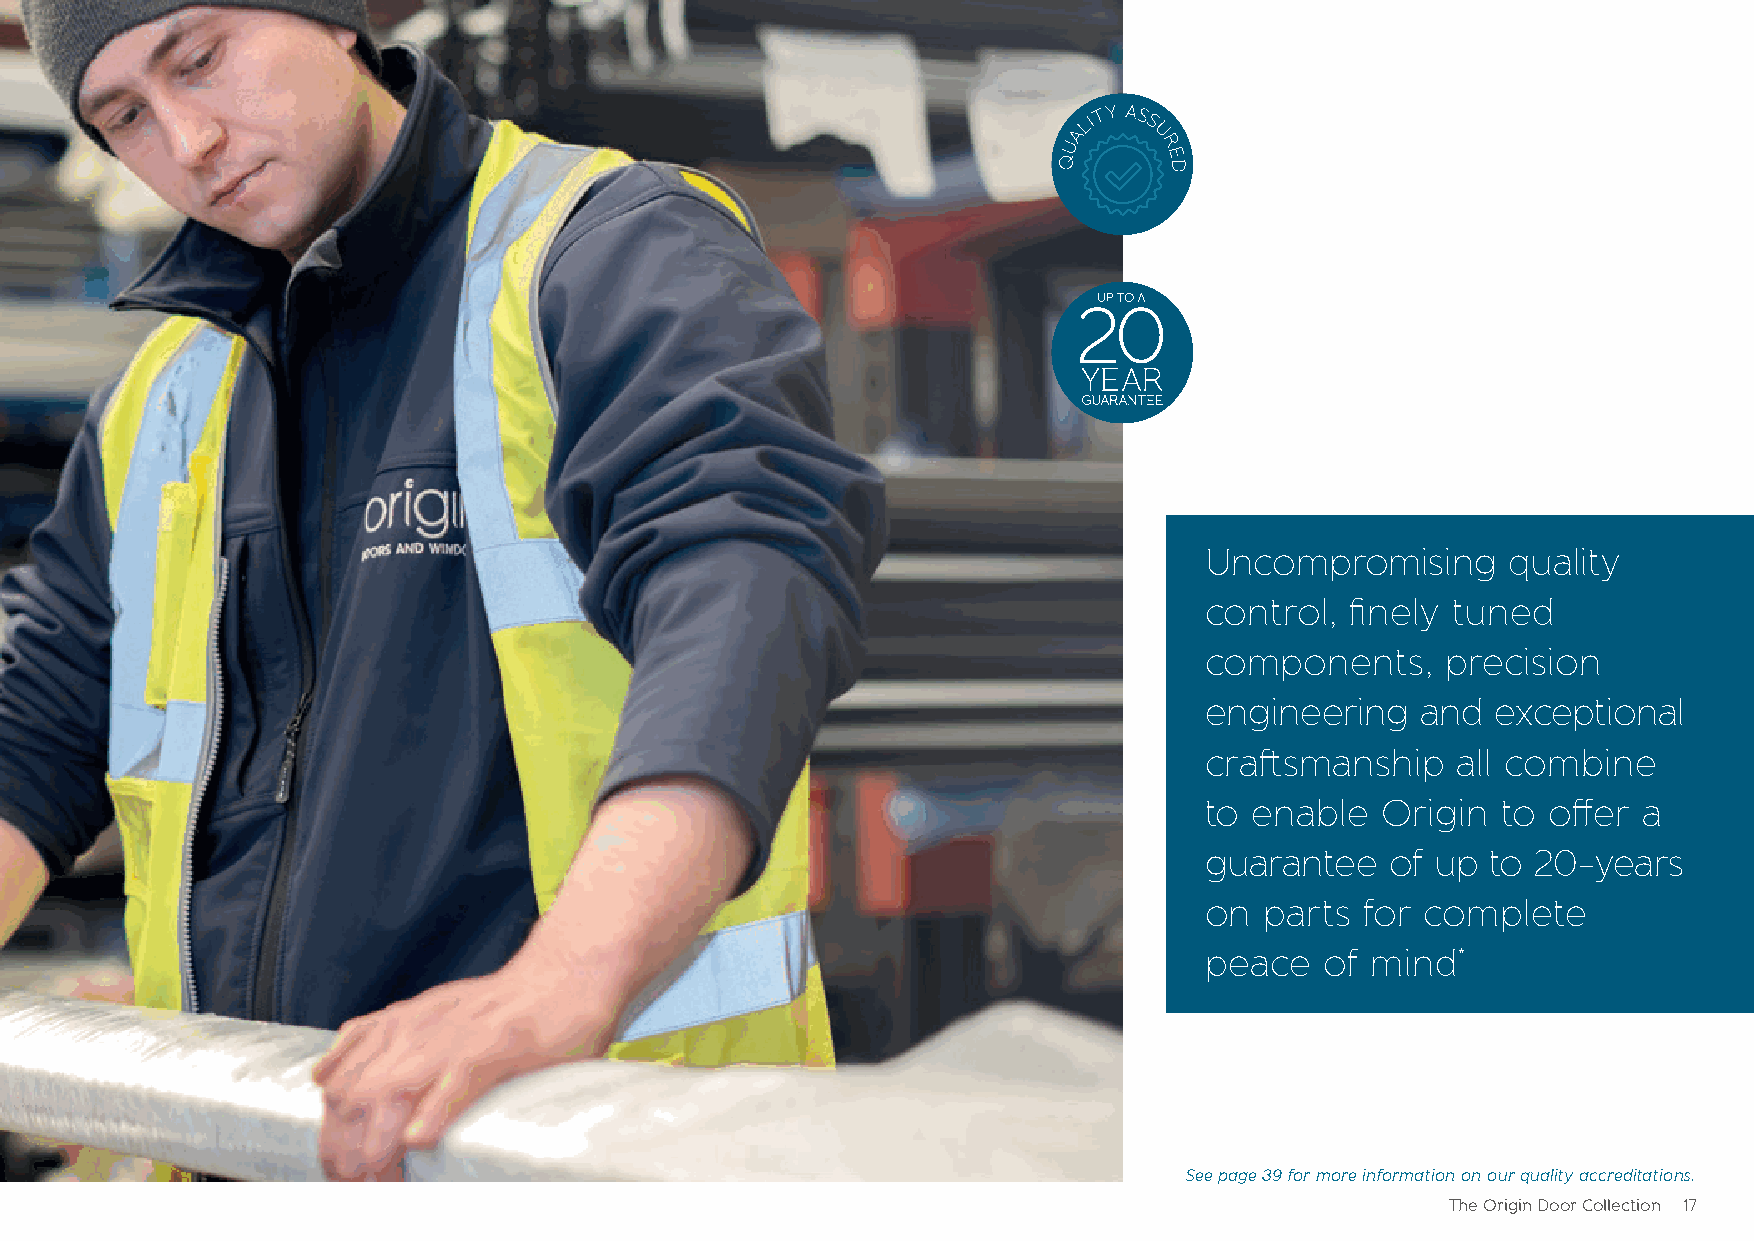
Uncompromising      quality
 control, finely tuned
 components,     precision
 engineering   and  exceptional
 craftsmanship   all combine
 to enable  Origin  to  offer a
 guarantee   of up  to 20-years
 on  parts for complete
 peace   of mind*
 See page 39 for more information on our quality accreditations.
 The Origin Door Collection 17